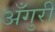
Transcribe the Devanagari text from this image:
अँगुरी